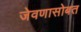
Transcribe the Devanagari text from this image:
जेवणासोबत